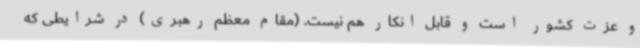
و عزت کشور است و قابل انکار هم نیست. (مقام معظم رهبری) در شرایطی که